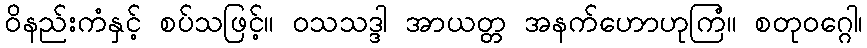
ဝိနည်းကံနှင့် စပ်သဖြင့်။ ဝသသဒ္ဒါ အာယတ္တ အနက်ဟောဟုကြံ။ စတုဝဂ္ဂေါ၊